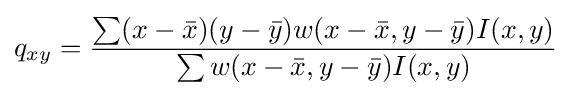
q_{xy}={\frac {\sum (x-{\bar {x}})(y-{\bar {y}})w(x-{\bar {x}},y-{\bar {y}})I(x,y)}{\sum w(x-{\bar {x}},y-{\bar {y}})I(x,y)}}